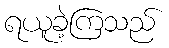
ရယူခဲ့ကြသည်